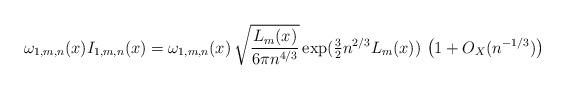
LaTeX: \begin{align*}\omega_{1,m,n}(x) I_{1,m,n}(x) = \omega_{1,m,n}(x) \, \sqrt{ \frac{ L_m(x)}{ 6 \pi n^{4/3} } }\exp(\tfrac{3}{2} n^{2/3} L_m(x) ) \, \left(1+O_X( n^{-1/3}) \right)\end{align*}